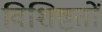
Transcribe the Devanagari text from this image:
विशिष्टतों